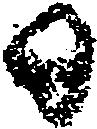
日